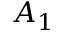
A _ { 1 }